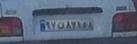
۹۷ن۸۷۱۶۸